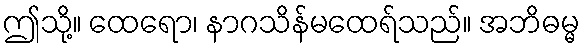
ဤသို့။ ထေရော၊ နာဂသိန်မထေရ်သည်။ အဘိဓမ္မ